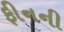
ફીનની